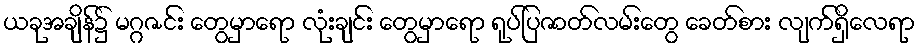
ယခုအချိန်၌ မဂ္ဂဇင်း တွေမှာရော လုံးချင်း တွေမှာရော ရုပ်ပြဇာတ်လမ်းတွေ ခေတ်စား လျက်ရှိလေရာ